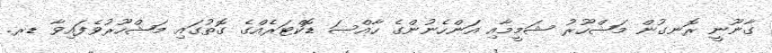
ގާނޫނީ ރޮނގުން މަޝްހޫރު ޝަމީމާއި އަންހެނުންގެ ހާއްސަ ޑޮކްޓަރެއްގެ ގޮތުގައި މަޝްހޫރުވެފައިވާ ޑރ.